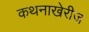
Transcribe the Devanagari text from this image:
कथनाखेरीज